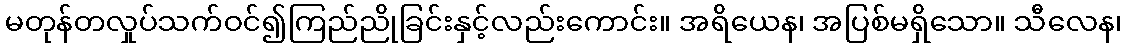
မတုန်တလှုပ်သက်ဝင်၍ကြည်ညိုခြင်းနှင့်လည်းကောင်း။ အရိယေန၊ အပြစ်မရှိသော။ သီလေန၊